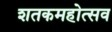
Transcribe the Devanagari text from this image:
शतकमहोत्सव